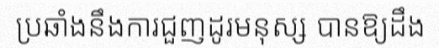
ប្រឆាំងនឹងការជួញដូរមនុស្ស បានឱ្យដឹង